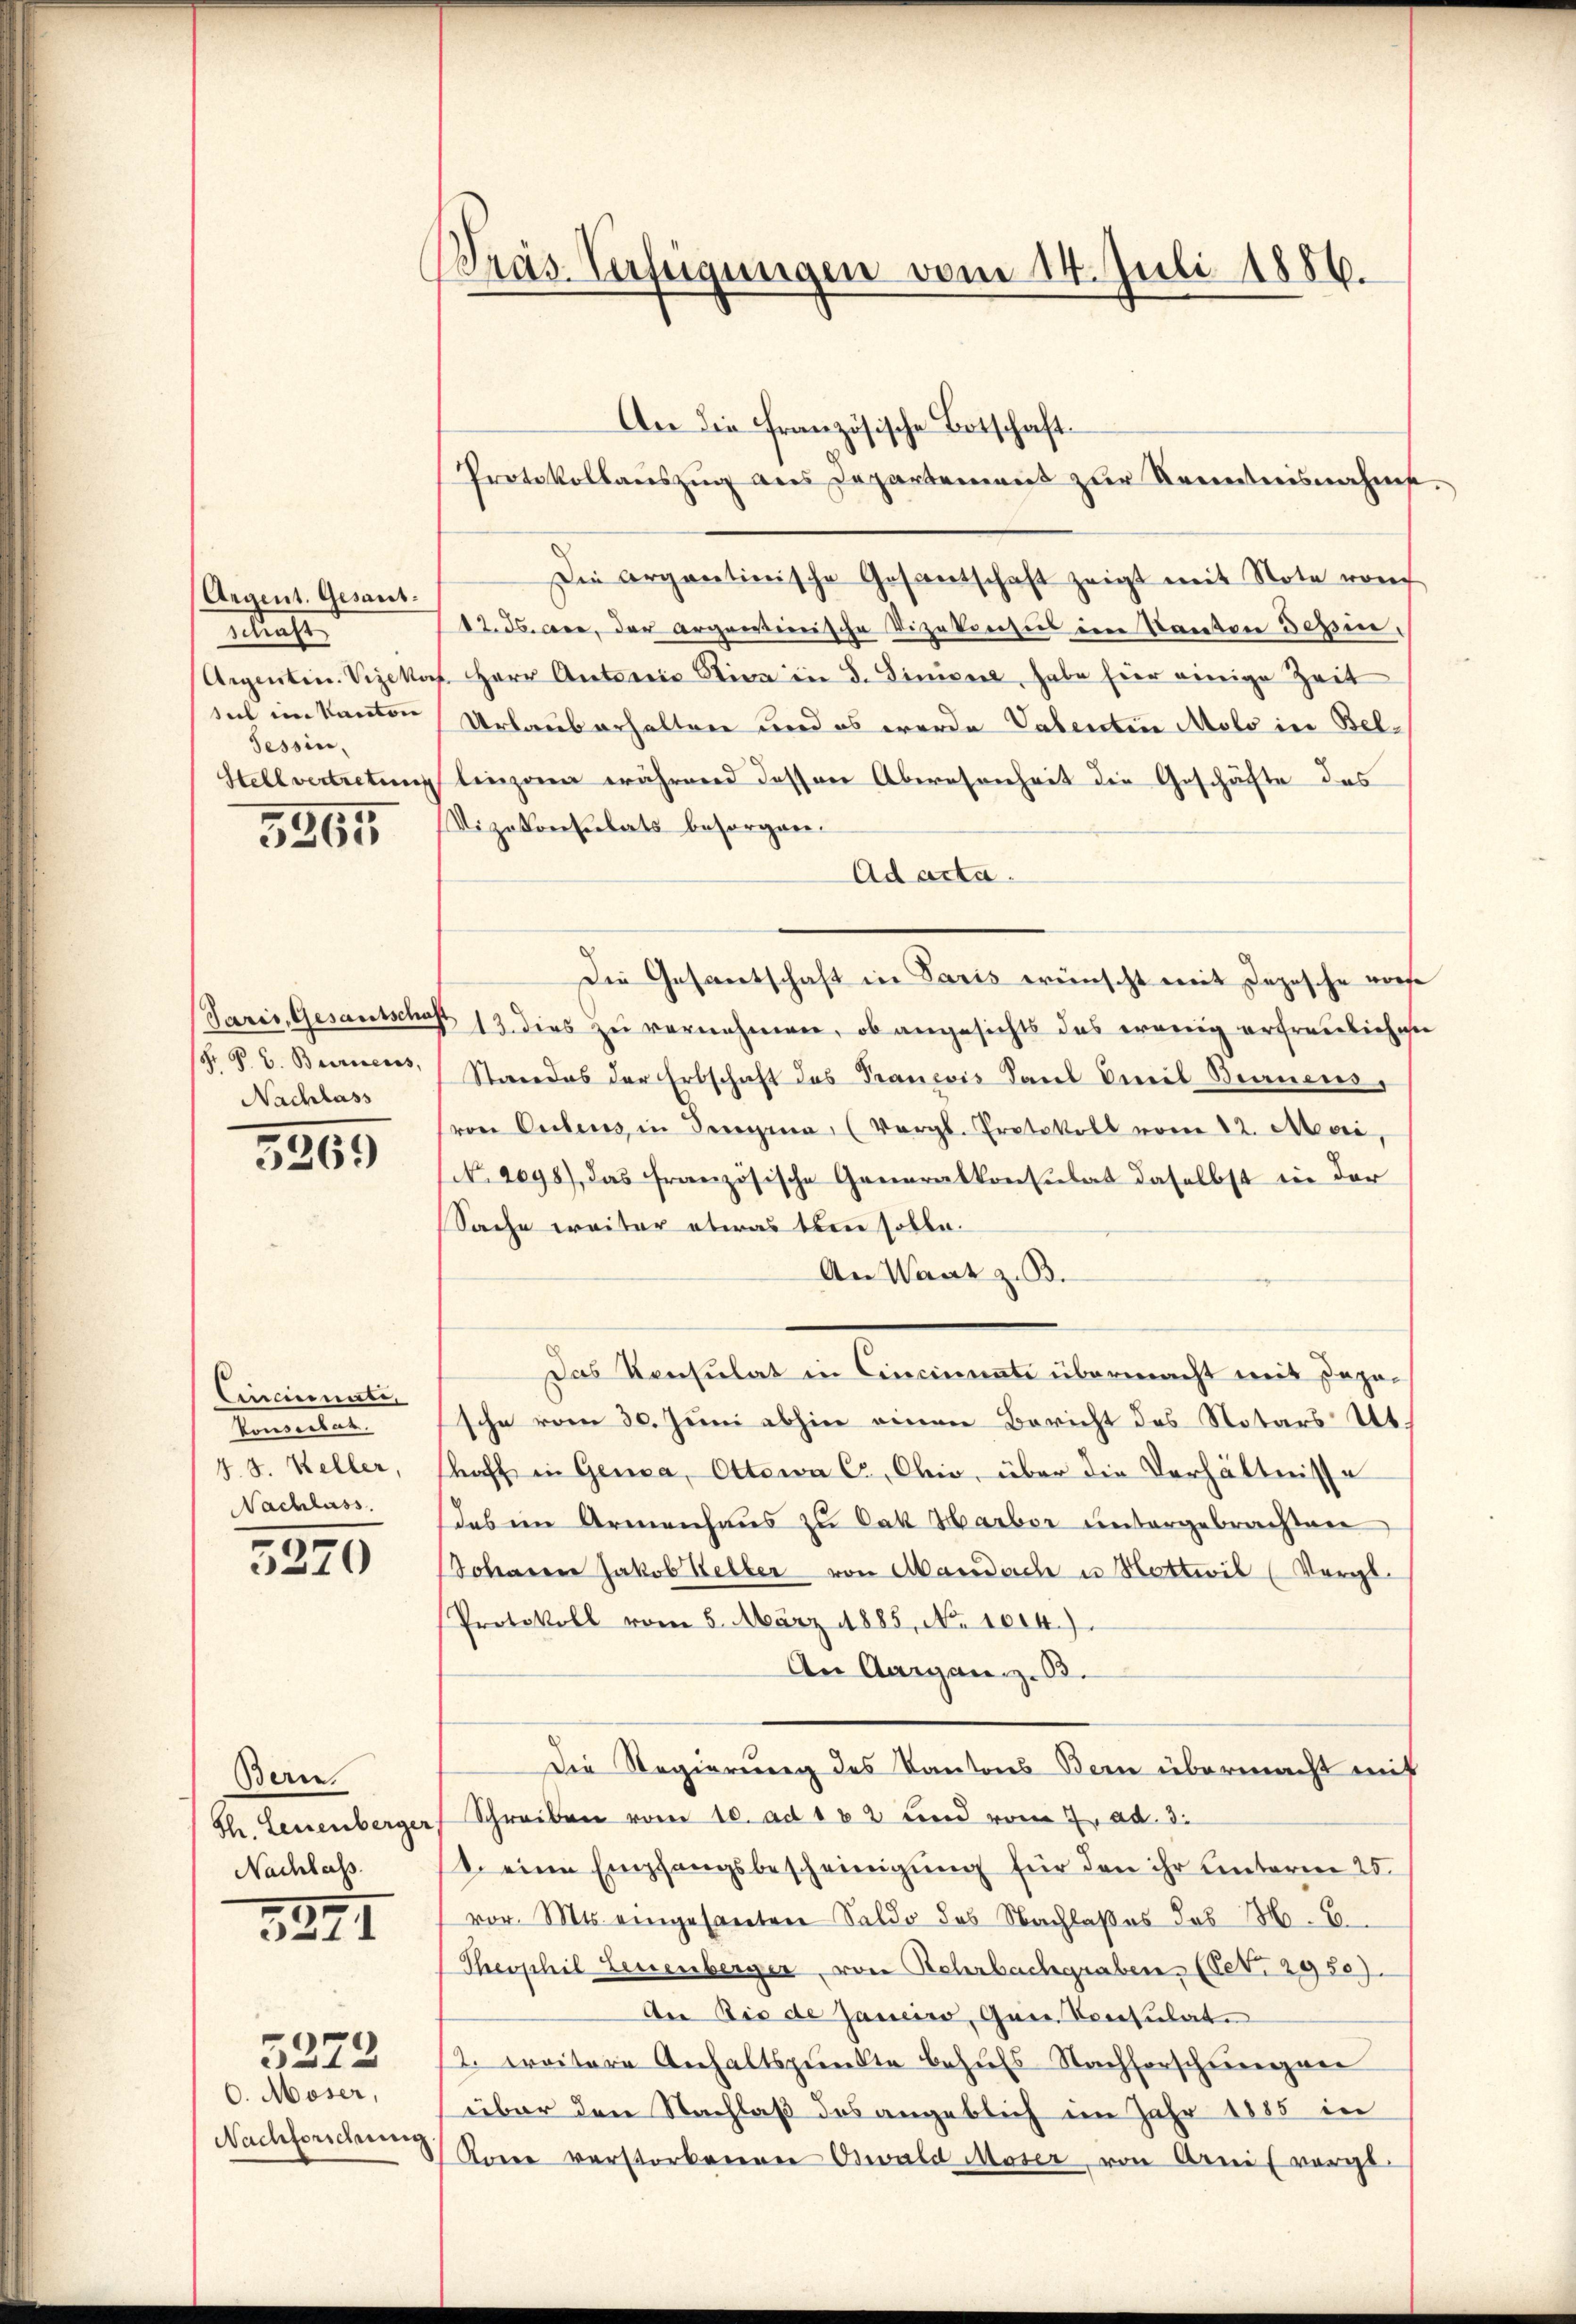
5265

Argent. Gesant.
etrachte
seil im Kanton
Tessin,

S. P. C. Bericeros,
Nachlass

3365

Cincinate,
Semestel
4.8. Keller,
Nachlass.

5270

Bern.
Nachlass.

3891

. Moser,
Nachforschung

3272

Wras-Verfügungen vom 14. Juli 1886.

An die französische Botschaft¬
Die argartinische Gesantschaft zeigt mit Note von
12. ds. an, der argemeinische Vizekonsul im Kanten Begin
Aigenten. Vizekas Herr Antoris Stica in d. Siniver, habe für einige Zeit
Urlaub erhalten und es werde Valentin Molo in Bel¬
Stellvertretung linzona während dessen Abwesenheit die Geschäfte des
Vizekonsulats besorgen.
Ad acta.
Die Gesantschaft in Paris wünscht mit Jnzische vorse
(Paris, Gesantschaft 13. dies zu vernehmen, ob angesichts das wenig erfreulichen
Standes der Erbschaft das François Sand Civil Brauensvon Oestens in Perogana, (Vergl. Protokoll vom 12. Mai,
No. 2098), das französische Generalkonsulat daselbst in der
Sache weiter etwas ten solle.
An Wart z. B.
Das Konsulat in Cincinnati übermacht mit Dapo-
sche vom 30. Juni abhin einen Bericht des Notars Ut.
hoff in Genda, Ottewa C, Ohio, über die Verhältnisse
dabei Armenhaŭs zŭ Cak Harbor untergebrachten
Solaren Jakob Keller von Mandach u Hotteil (Vergl.
Protokoll vom 5. März 1885, No 1014.)
An Aargau z. B.
Die Regierung des Kantons Bern übermacht mit
Th. Leuenberger Schreiben vom 10. ad 102 und vom 2. ad. 3.
1. eine Empfangsbescheinigung für den ihr Unterm 25.
vor. Mts. eingesanten Saldo des Nachlaßes das M.6
Theophil Leuenberger, von Rohrbachgraben (Pet. 2950).
An Die de Janeiro, Gan Consulate
2. Freitere Anhaltspunkte behufs Nachforschungen
über den Nachlaß des angeblich im Jahr 1885 in
 Korre verstorbenen Oswald Moser, von Arnis vorge-

Protokollauszug aus Departement zur Kenntnisnahme